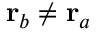
\mathbf { r } _ { b } \neq \mathbf { r } _ { a }